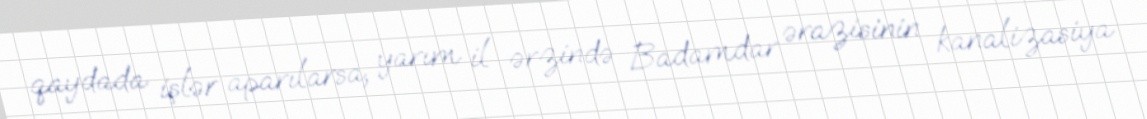
qaydada işlər aparılarsa, yarım il ərzində Badamdar ərazisinin kanalizasiya